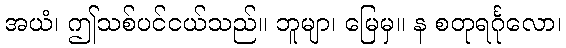
အယံ၊ ဤသစ်ပင်ငယ်သည်။ ဘူမျာ၊ မြေမှ။ န စတုရင်္ဂုလော၊